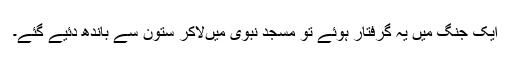
ایک جنگ میں یہ گرفتار ہوئے تو مسجد نبوی میںلاکر ستون سے باندھ دئیے گئے۔